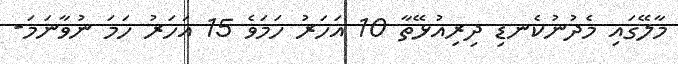
މާލޭގައި މެދުނުކެނޑި ދިރިއުޅޭތާ 10 އަހަރު ހަމަވެ 15 އަހަރު ހަމަ ނުވާނަމަ-